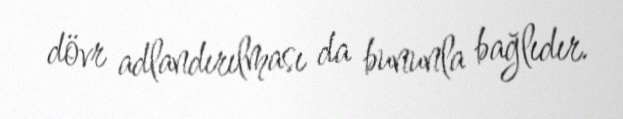
dövr adlandırılması da bununla bağlıdır.